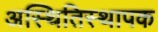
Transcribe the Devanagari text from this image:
अस्थितिस्थापक